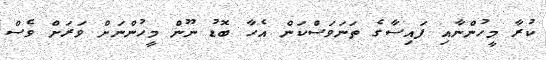
ކުރާ މީހުންނާއި ފައިސާގެ ތަނަވަސްކަން އެހާ ބޮޑު ނޫން މީހުންނަށް ވަރަށް ވެސް